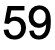
59